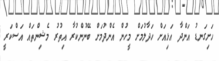
ހަށިގަނޑު އަންދާ އަޅިއަށް ހަދާލުމަށް މީހުން އެންދުމަށް ބޭނުންކުރާ އިތުރު މެޝިންތައް އަސްކަރީ